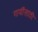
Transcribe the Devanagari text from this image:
गायींसाठी